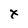
Character: x